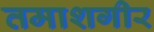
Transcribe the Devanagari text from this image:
तमाशगीर